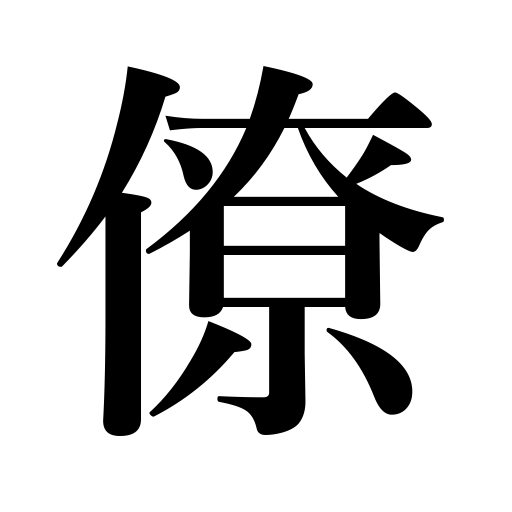
Meanings: companion,official